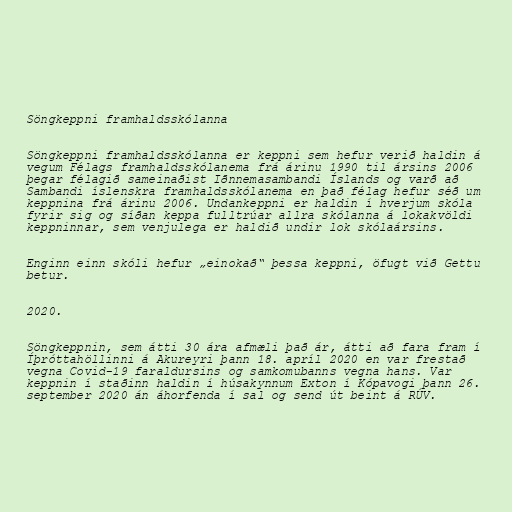
Söngkeppni framhaldsskólanna

Söngkeppni framhaldsskólanna er keppni sem hefur verið haldin á
vegum Félags framhaldsskólanema frá árinu 1990 til ársins 2006
þegar félagið sameinaðist Iðnnemasambandi Íslands og varð að
Sambandi íslenskra framhaldsskólanema en það félag hefur séð um
keppnina frá árinu 2006. Undankeppni er haldin í hverjum skóla
fyrir sig og síðan keppa fulltrúar allra skólanna á lokakvöldi
keppninnar, sem venjulega er haldið undir lok skólaársins.

Enginn einn skóli hefur „einokað“ þessa keppni, öfugt við Gettu
betur.

2020.

Söngkeppnin, sem átti 30 ára afmæli það ár, átti að fara fram í
Íþróttahöllinni á Akureyri þann 18. apríl 2020 en var frestað
vegna Covid-19 faraldursins og samkomubanns vegna hans. Var
keppnin í staðinn haldin í húsakynnum Exton í Kópavogi þann 26.
september 2020 án áhorfenda í sal og send út beint á RÚV.